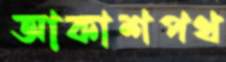
আকাশপথ